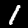
Label: 1